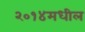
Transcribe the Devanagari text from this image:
२०१४मधील